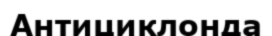
Антициклонда